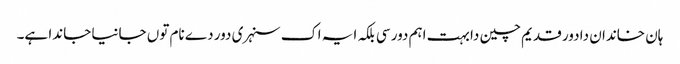
ہان خاندان دا دور قدیم چین دا بہت اہم دور سی بلکہ ایہ اک سنہری دور دے نام توں جانیا جاندا ہے۔